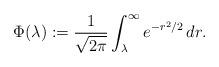
LaTeX: \begin{align*}\Phi(\lambda):=\frac{1}{\sqrt{2\pi}}\int_{\lambda}^{\infty}e^{-r^2/2}\,dr.\end{align*}